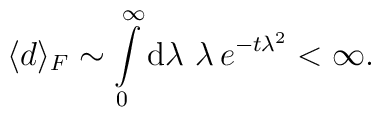
\langle d \rangle_F  \sim \int\limits_0^\infty {\rm d} \lambda \,\,\lambda\, e^{-t\lambda^2} < \infty.